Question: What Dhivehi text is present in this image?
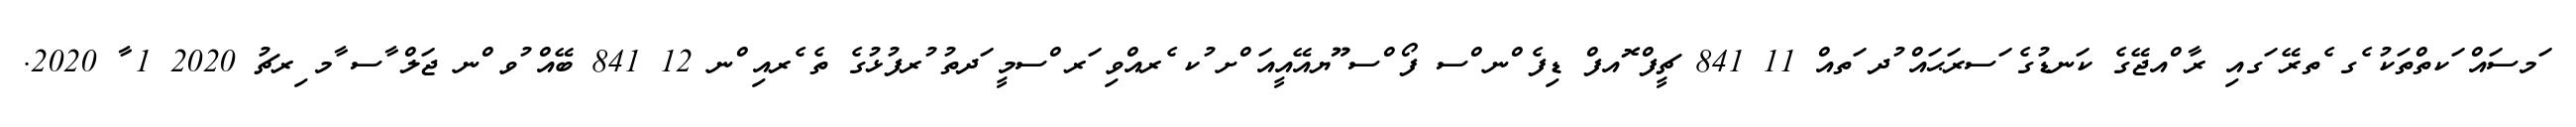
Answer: ަމސައް ަކތްތަކު ެގ ެތރޭ ަގއި ރާ ްއޖޭގެ ކަނޑުގެ ަސރަޙައް ުދ ަތއް 11 841 ޗީފް ޮއފް ޑިފެ ްނ ްސ ފޯ ްސ ޫޔއޭއީއަ ްށ ުކ ެރއްވި ަރ ްސމީ ަދތު ުރފުޅުގެ ތެ ެރއި ްނ 12 841 ބޭއް ުވ ްނ ޖަލް ާސ ާމ ިރޗު 2020 1 ާ 2020.